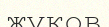
жуков